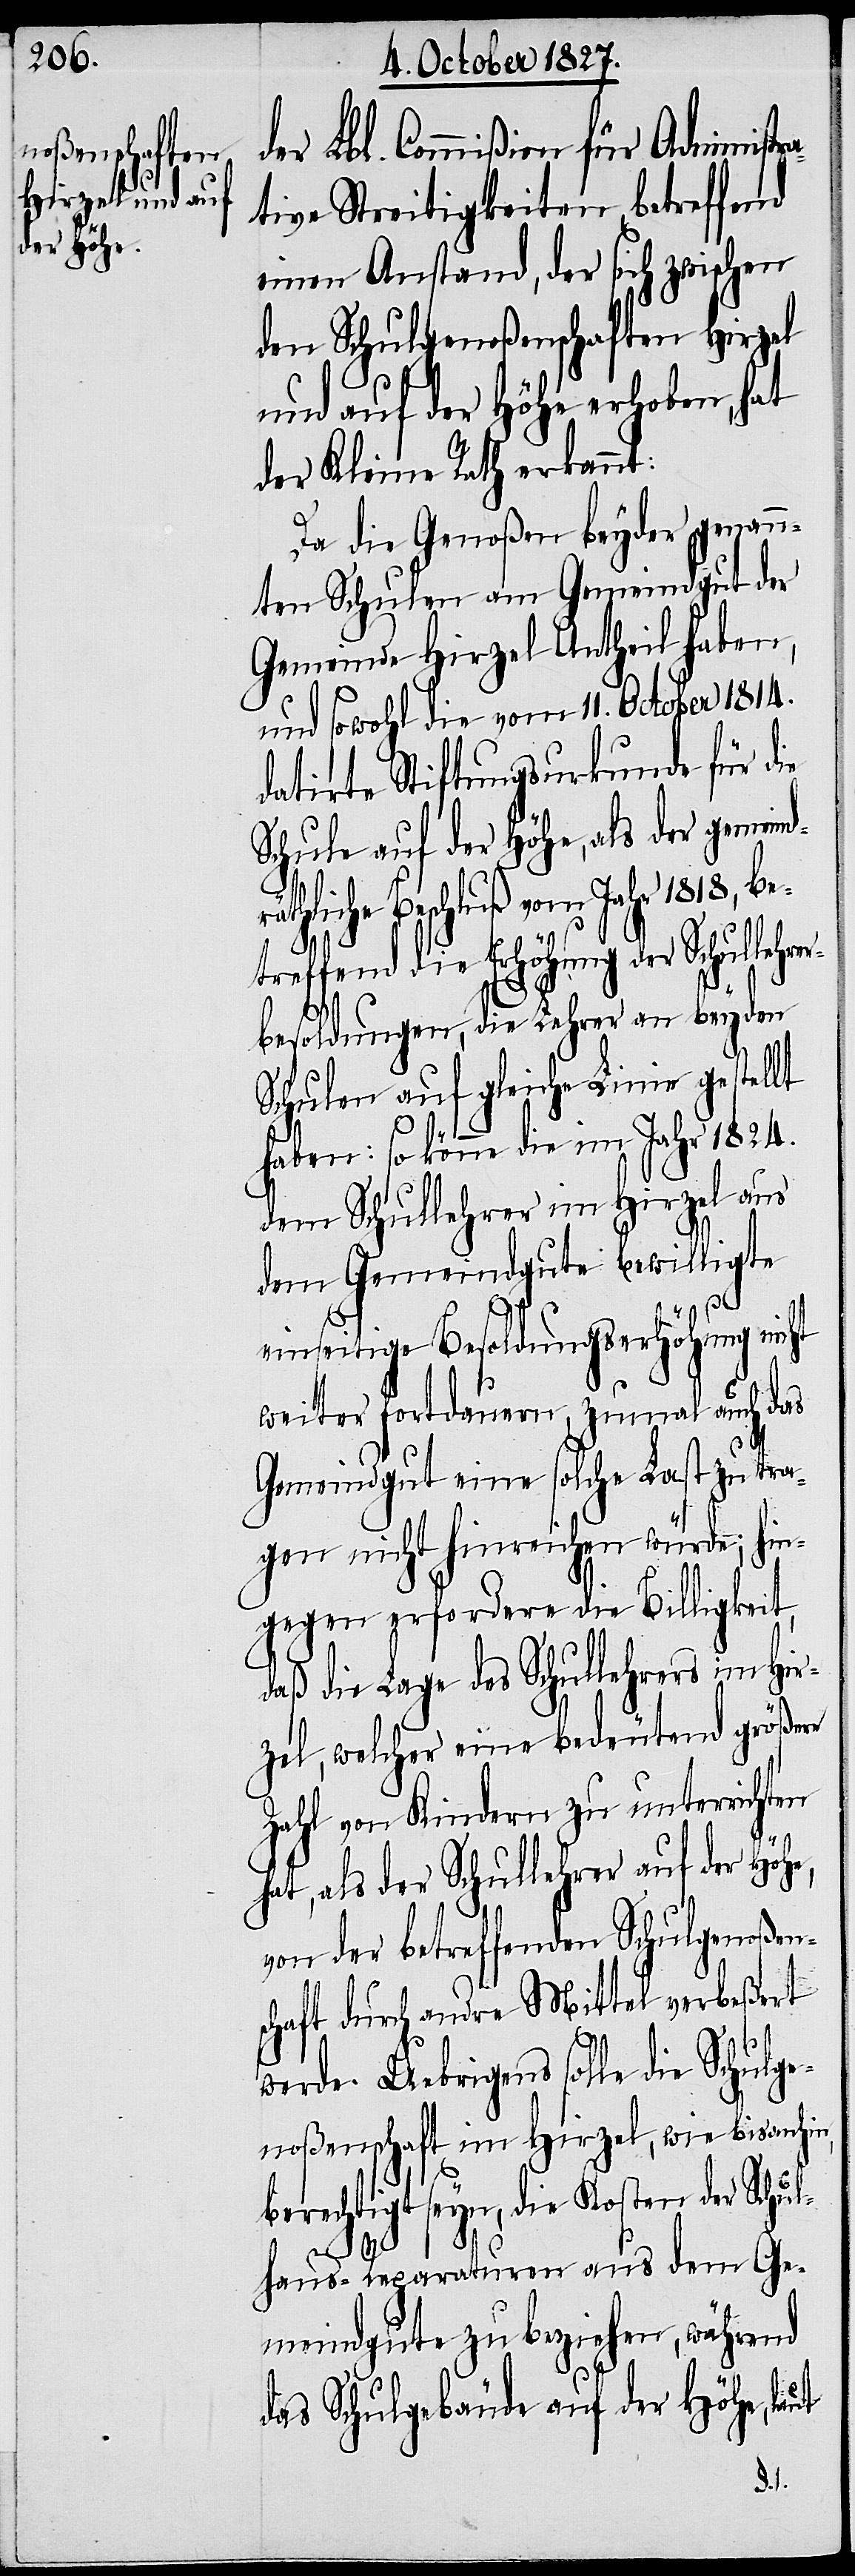
der Lbl. Commißion für Administr¬
ative Streitigkeiten, betreffend
einen Anstand, der sich zwischen
den Schulgenoßenschaften Hirzel
und auf der Höhe erhoben, hat
der Kleine Rath erkannt:
Da die Genoßen beyder genan¬
nten Schulen am Gemeindgut der
Gemeinde Hirzel Antheil haben,
und sowohl die vom 11. October 1814.
datirte Stiftungsurkunde für die
Schule auf der Höhe, als der gemeind¬
Hir¬
hliche Beschluß vom Jahr 1818, be¬
treffend die Erhöhung der Schullehr¬
besoldungen, die Lehrer an beyden
Schulen auf gleiche Linie gestellt
haben: so könne die im Jahr 1824.
dem Schullehrer im Hirzel aus
dem Gemeindgute bewilligte
einseitige Besoldungserhöhung nicht
weiter fortdauern, zumal auch das
Gemeindgut eine solche Last zu tra¬
gen nicht hinreichen würde; hin¬
gegen erfordere die Billigkeit,
daß die Lage des Schullehrers im
zel, welcher eine bedeutend größere
Zahl von Kindern zu unterrichten
hat, als der Schullehrer auf der Höhe,
von der betreffenden Schulgenoßen¬
schaft durch andre Mittel verbeßert
werde. Uebrigens solle die Schulge¬
noßenschaft im Hirzel, wie bis anhin,
berechtigt seyn, die Kosten der Schul¬
haus-Reparaturen aus dem Ge¬
meindgute zu beziehen, während
das Schulgebäude auf der Höhe, laut